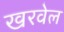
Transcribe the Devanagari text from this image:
खरवेल